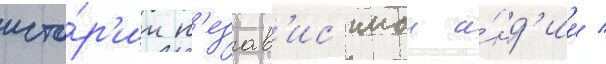
исто́р'ии н'езав'ис'имои и́нд'ии /